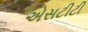
એસટીટી